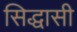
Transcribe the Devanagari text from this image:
सिद्धासी